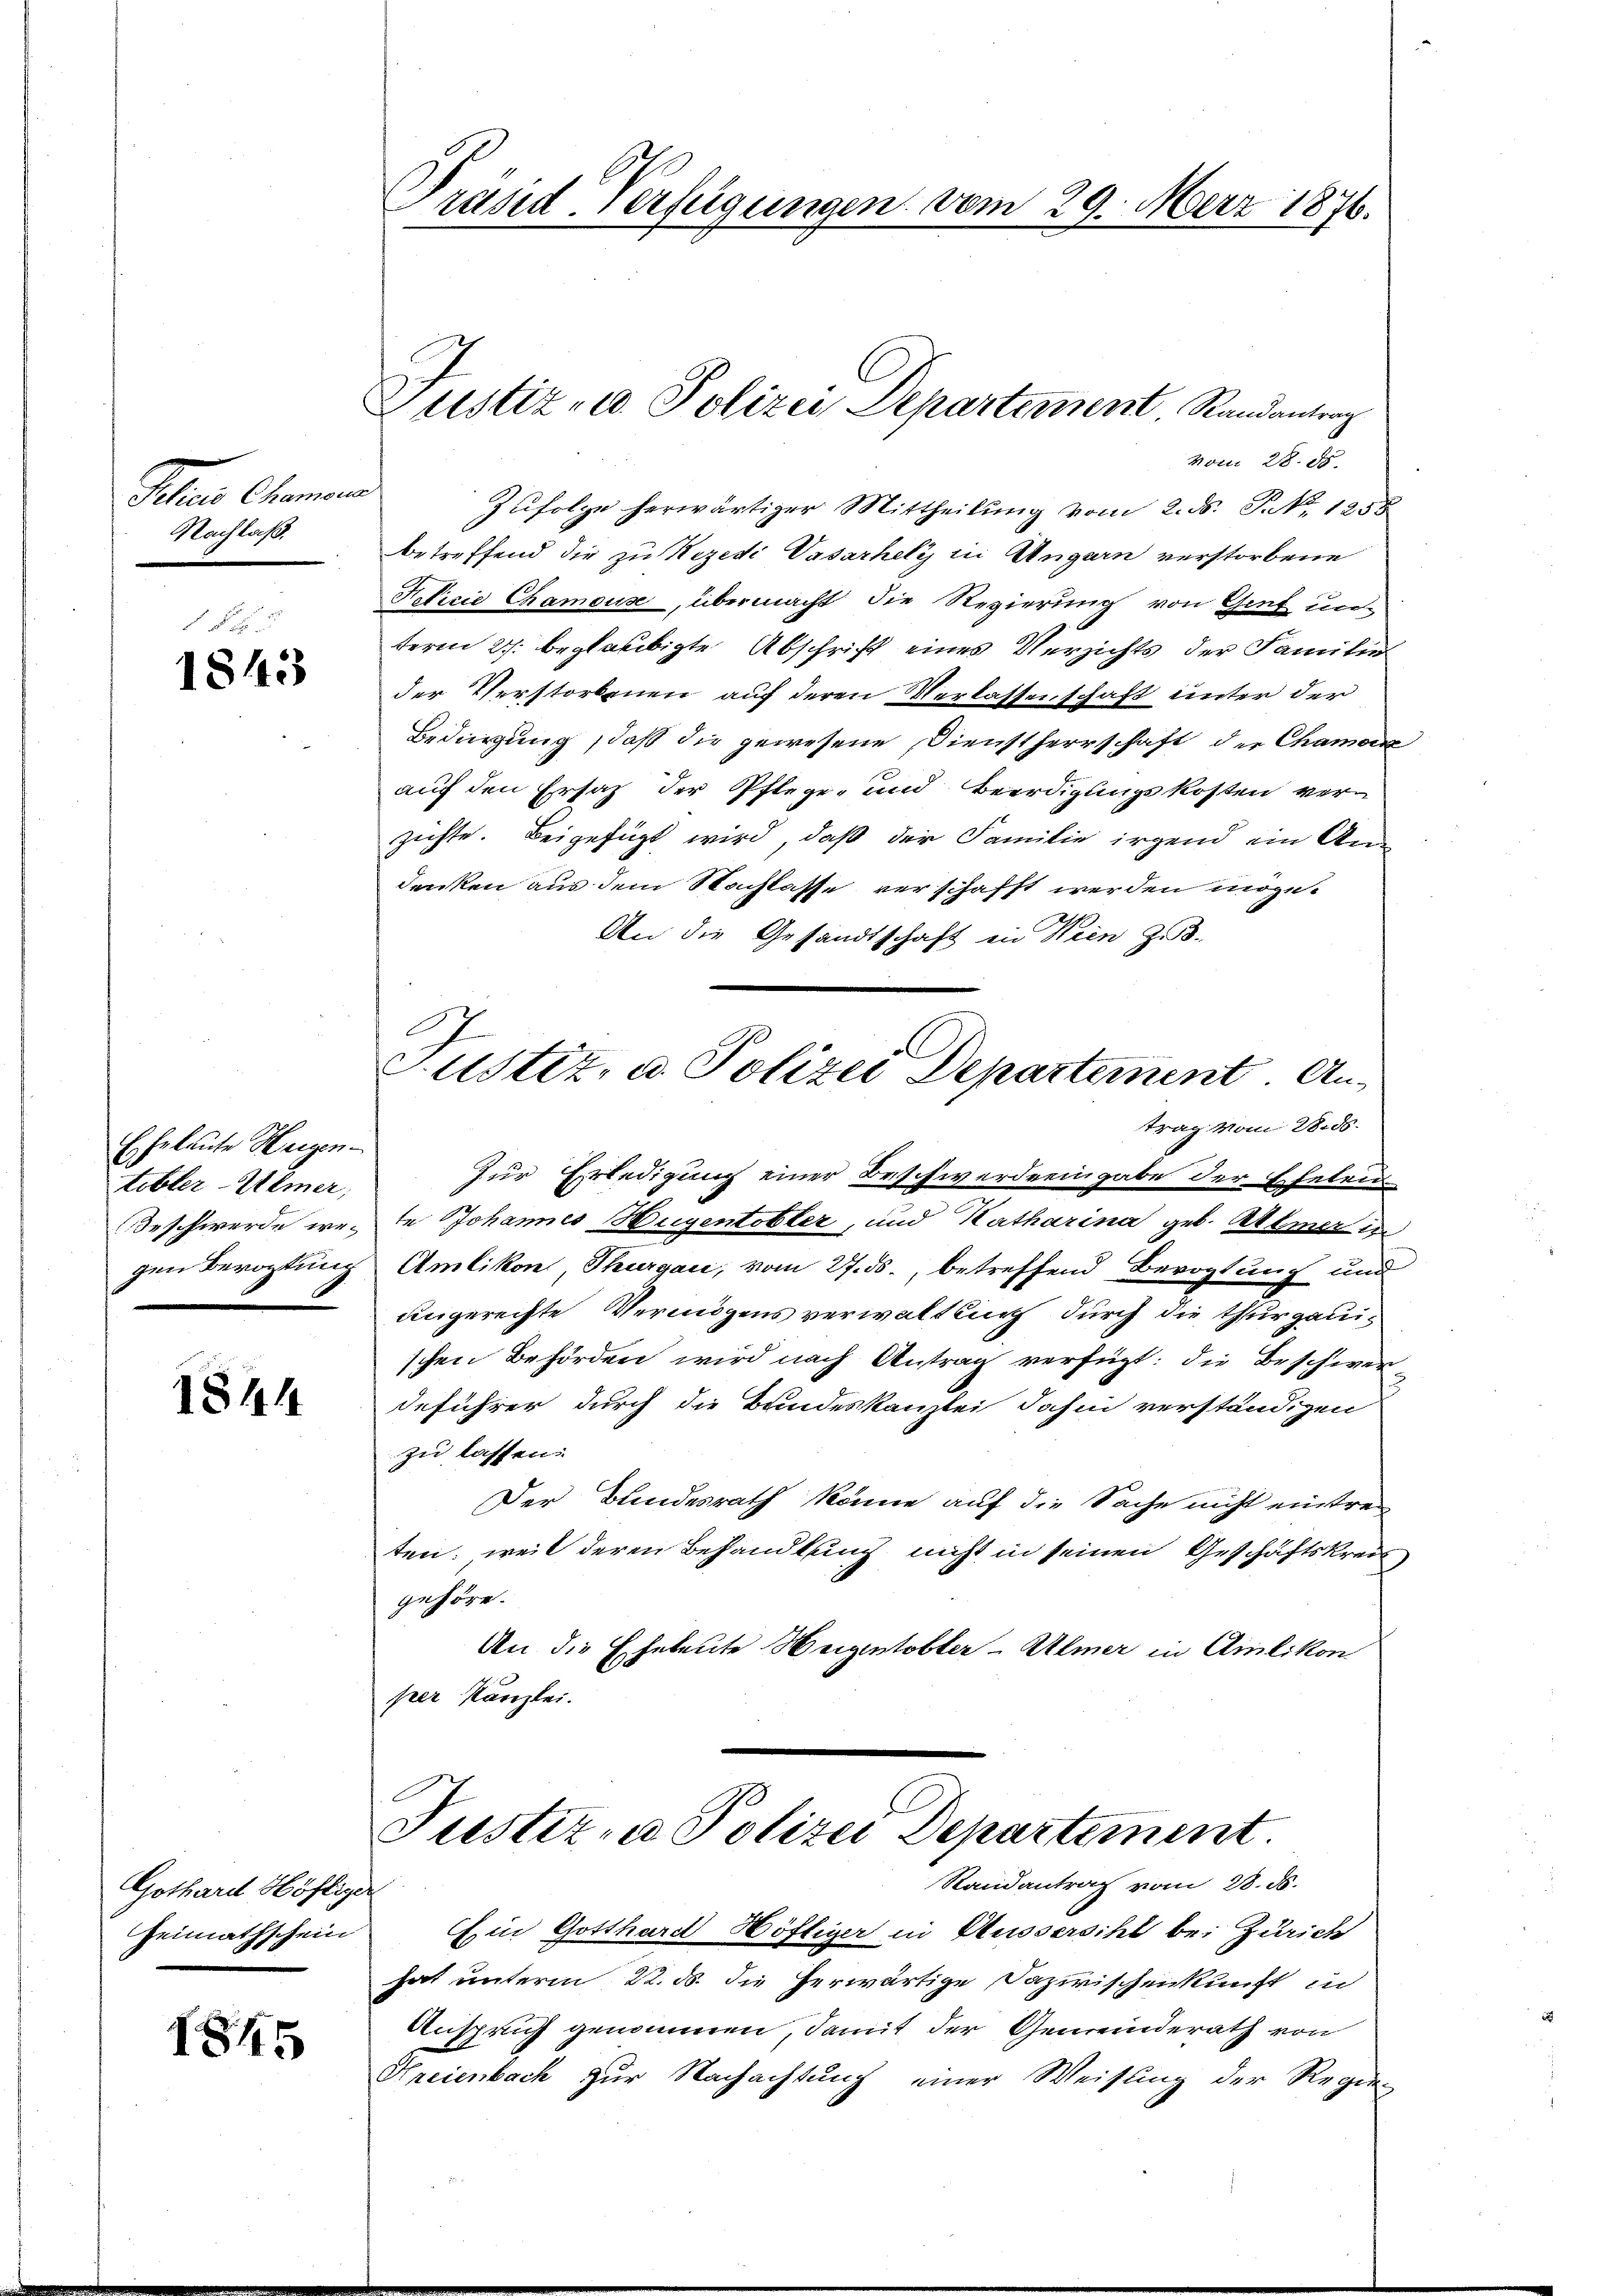
Icher Gemein
Hachlaf.

§
1843

Eheleute Hagen.
tibler-Ulmer,
Beschwerde wegen Berichtung

1844

Gothard Höfliger

1845

räsid. Verfügungen vom 29. März 1876.
wendun

Justiz- u. Polizei Departement Randantrag

D
Justiz, u. Polizei Departement. Antrag vom 28. ds.

vom 28. d.
Zŭfolge herwärtiger Mittheilŭng vom 2. ds. P. Nr. 1258
betreffend die zu Nezedi Vasarhely in Ungarn verstorbene
Feficie Chamouse, übermacht die Regierung von Genf un
term 27. beglaubigte Abschrift eines Verzichts der Familie
der Verstorbenen auf deren Verlassenschaft unter der
Bedingung, daß die gewesene Dienstherrschaft der Chamon
auf den Ersatz der Pflege, und Beerdigungskosten verzichte. Beigefügt wird, daß der Familie irgend ein An-
denken aus dem Nachlasse verschafft werden möge.
An die Gesandtschaft in Wien zu.
Zür Erledigung einer Beschwerdeeingabe der Ehelen
te Johannes Augentobler, und Katharina geb. Allmer in
Amlikon Thurgau, vom 27. ds., betreffend Bevogtung und
angerechte Vermögens verwaltung durch die thurgauischen Behörden wird nach Antrag verfügt: die Beschwer
deführer durch die Bundeskanzlei dahin verständigen
zu lassen:
Der Bundesrath könne auf die Sache nicht eintreten, weil deren Behandlung nicht in seinen Geschäftskreis
gehöre.
An die Eheleute Weigentobler-Ulmer in Amlikon
per Kanzlei.

Justiz - Polizei Departement.
Randantrag vom 28. 58.
Heimathschein in Gotthard Höftiger in Aussersihl bei Zürich

hat unterm 22. ds. die herwärtige Dazwischenkunft in
Anspruch genommen, damit der Gemeinderath von
Hreienbach zur Nachachtung einer Weisung der Regie-